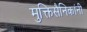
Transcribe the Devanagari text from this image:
मुक्तिसैनिकांनी